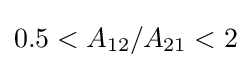
0.5<A_{12}/A_{21}<2